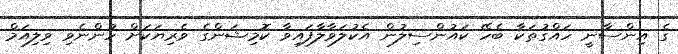
ގެ އިންސާނީ ހައްގުތަކާ ބެހޭ ކައުންސިލުން އެކުލަވާލާފައިވާ ކޮމިޝަންގެ ވެރިޔަކަށް ހުންނެވި ވިލިއަމް